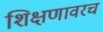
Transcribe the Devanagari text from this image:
शिक्षणावरच